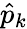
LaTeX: \hat{p}_{k}